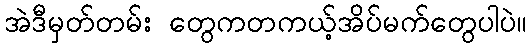
အဲဒီမှတ်တမ်း တွေကတကယ့်အိပ်မက်တွေပါပဲ။